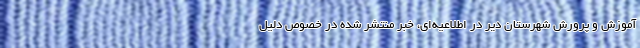
آموزش و پرورش شهرستان دیر در اطلاعیه‌ای، خبر منتشر شده در خصوص دلیل